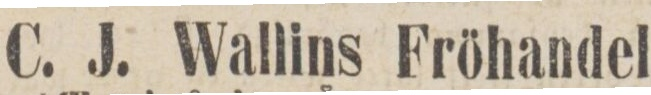
C. J. Wallins Fröhandel